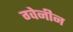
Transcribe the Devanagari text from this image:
ग्वेनीन